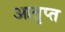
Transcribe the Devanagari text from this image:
आतृप्त